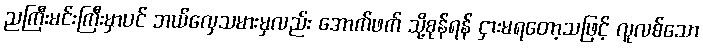
ညကြီးမင်းကြီးမှာပင် ဘယ်လှေသမားမှလည်း အောက်ဖက် သို့စုန်ရန် ငှားမရတော့သဖြင့် လူလစ်သော